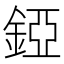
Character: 錏